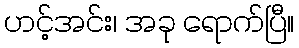
ဟင့်အင်း၊ အခု ရောက်ပြီ။